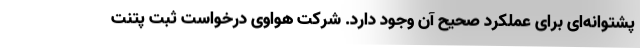
پشتوانه‌ای برای عملکرد صحیح آن وجود دارد. شرکت هواوی درخواست ثبت پتنت